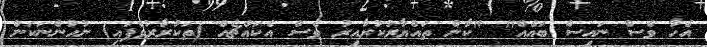
އެހާ ވެސް ނައިސް ބައެއް" "ކާން ތައްޔާރުކުރާއިރު ވެސް އެކައްޗެއް (ތަކުރާރުވެފައި) ނުހުންނަކަން